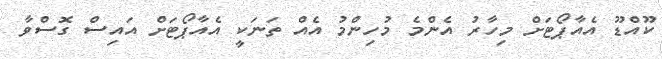
ކޫއްޑޫ އެއާޕޯޓަށް މިހާރު އެންމެ މުހިންމު އެއް ތަނަކީ އެއާޕޯޓަށް އައިސް ގޮސްވާ